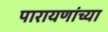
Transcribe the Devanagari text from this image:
पारायणांच्या